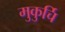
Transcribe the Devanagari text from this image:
मुकुर्चि